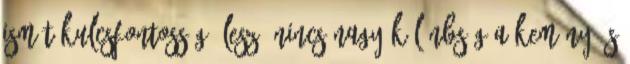
ismét kulcsfontosságú lesz. Nincs nagy különbség a kemény és